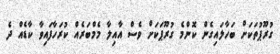
ގުރޫޕުތަކަށް ބަހާލައިގެން ކޮންމެ ގުރޫޕަކަށް ވެސް އާއިލާ މެމްބަރެއް ކުރަހާފައިވާ ކާޑެއް ދެ